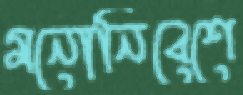
মনোনিবেশে